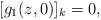
LaTeX: \begin{align*} [g_1(z,0)]_k=0, \end{align*}